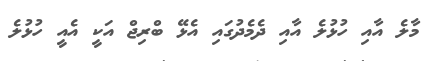
މާލެ އާއި ހުޅުލެ އާއި ދެމެދުގައި އެޅޭ ބްރިޖް އަކީ އެއީ ހުޅުލެ